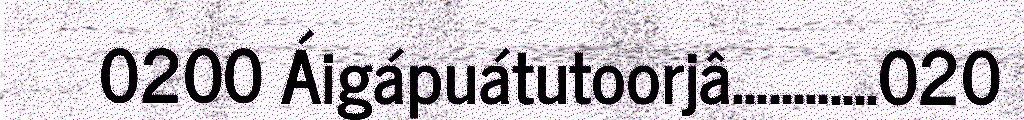
0200 Áigápuátutoorjâ............020